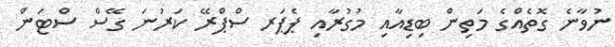
ނުވާނެ ގޮތެއްގެ މަތިން ބިޑިއާއި މުގުރާއި ޕެޕަރ ސްޕްރޭ ކަރުނަ ގޭސް ސްޓަން